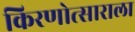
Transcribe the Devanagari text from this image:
किरणोत्साराला